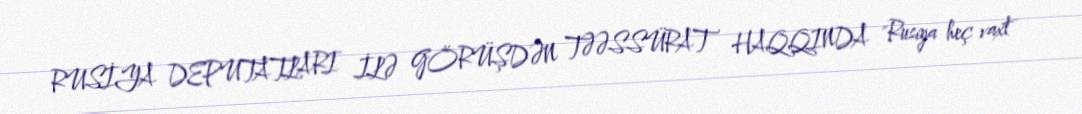
RUSİYA DEPUTATLARI İLƏ GÖRÜŞDƏN TƏƏSSÜRAT HAQQINDA "Rusiya heç vaxt